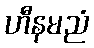
ဟီနမညံ